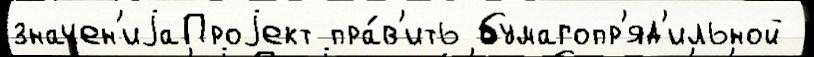
значен'иjаПроjект пра́в'ить бумагопр'яд'ильной